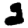
Digit: 2